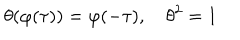
LaTeX: \theta ( \varphi ( \tau ) ) = \varphi ( - \tau ) , \quad \theta ^ { 2 } = 1